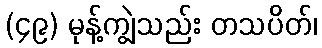
(၄၉) မုန့်ကျွဲသည်း တသပိတ်၊